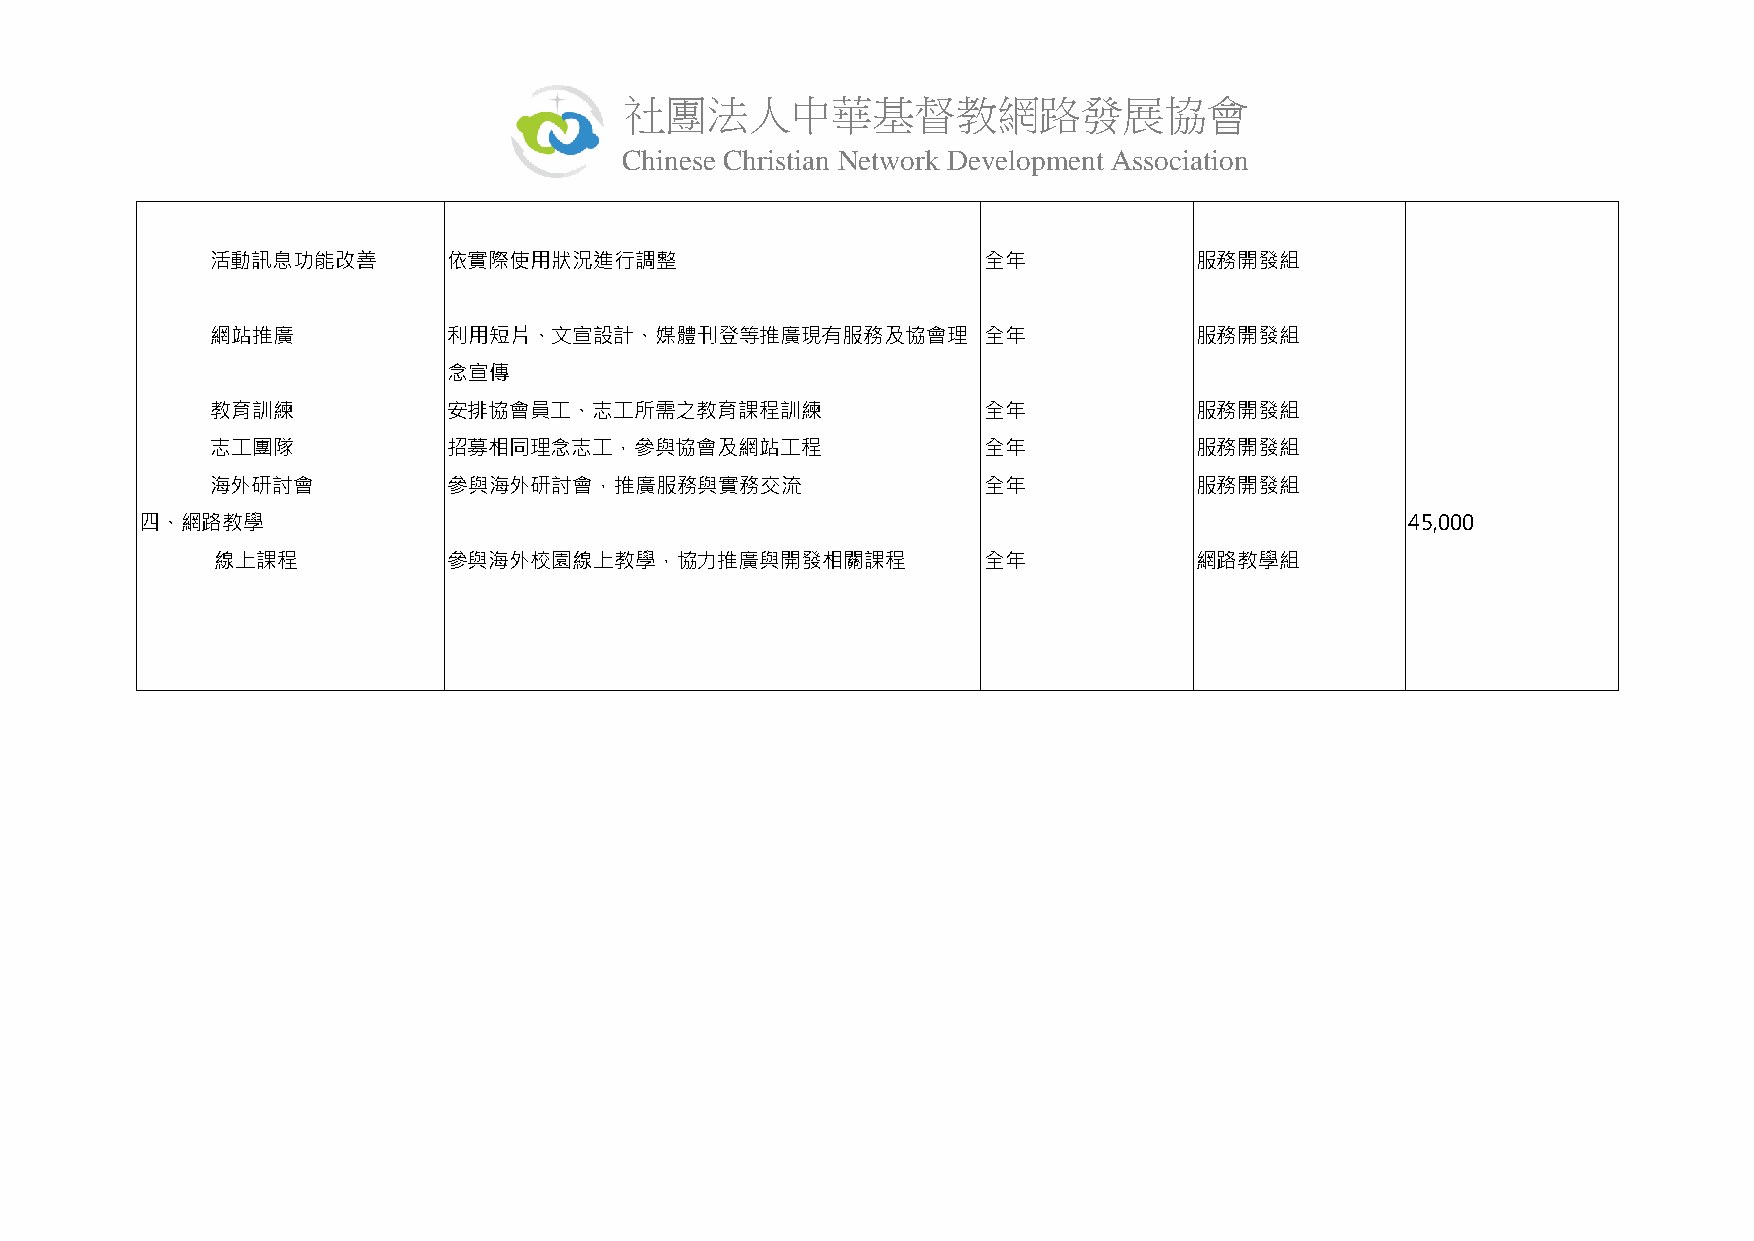
社團法人中華基督教網路發展協會
 Chinese Christian Network Development Association
 活動訊息功能改善        依實際使用狀況進行調整                        全年            服務開發組
 網站推廣            利用短片、文宣設計、媒體刊登等推廣現有服務及協會理          全年            服務開發組
 念宣傳
 教育訓練            安排協會員工、志工所需之教育課程訓練                 全年            服務開發組
 志工團隊            招募相同理念志工，參與協會及網站工程                 全年            服務開發組
 海外研討會           參與海外研討會，推廣服務與實務交流                  全年            服務開發組
 四、網路教學                                                                              45,000
 線上課程            參與海外校園線上教學，協力推廣與開發相關課程             全年            網路教學組